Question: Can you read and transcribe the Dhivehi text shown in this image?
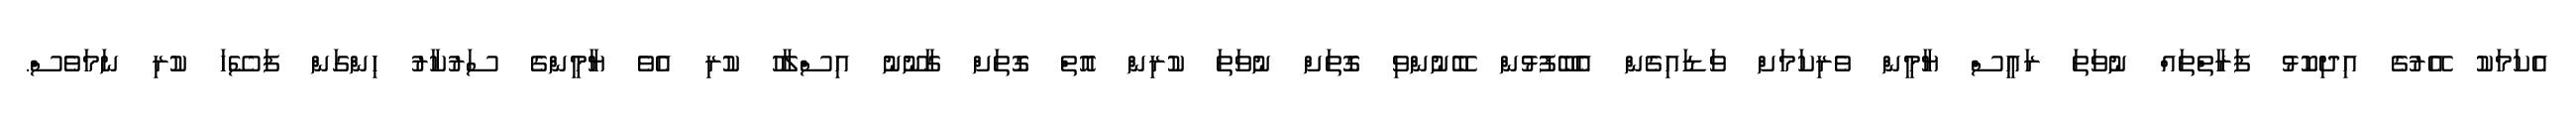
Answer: އެކަމަކު އޭރުގެ އިދިކޮޅު ފަރާތްތައް ނުވަތަ ރައީސް ޔާމީން ވެރިކަމަށް ވަޑައިގެން އެބޭފުޅުން ބޭނުންވި ގޮތަށް ނުވަތަ ކުރިން އޮތް ގޮތަށް ގާނޫނު އިސްލާހު ކުރި އެވެ ޔާމީންގެ ސަރުކާރު ހިންގަން ފަސޭހަ ކުރި ނަމަވެސް.